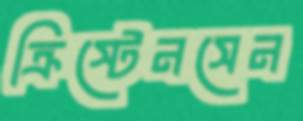
ক্রিস্টেনসেন